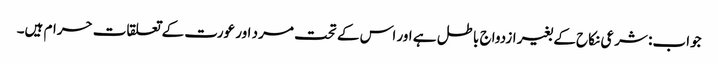
جواب: شرعی نکاح کے بغیر ازدواج باطل ہے اور اس کے تحت مرد اور عورت کے تعلقات حرام ہیں۔